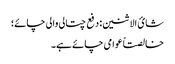
شائ الاثنین: دفع چتالی والی چائے؛
خالصتاً عوامی چائے ہے۔